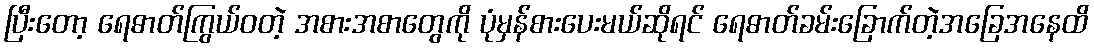
ပြီးတော့ ရေဓာတ်ကြွယ်ဝတဲ့ အစားအစာတွေကို ပုံမှန်စားပေးမယ်ဆိုရင် ရေဓာတ်ခမ်းခြောက်တဲ့အခြေအနေထိ